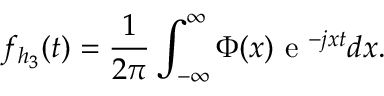
f _ { { h _ { 3 } } } ( t ) = \frac { 1 } { 2 \pi } \int _ { - \infty } ^ { \infty } \Phi ( x ) \textrm { e } ^ { - j x t } d x .